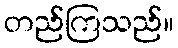
တည်ကြသည်။